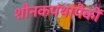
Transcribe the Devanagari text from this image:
शौनकपंथांपैकीं